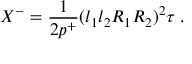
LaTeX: X ^ { - } = \frac { 1 } { 2 p ^ { + } } ( l _ { 1 } l _ { 2 } R _ { 1 } R _ { 2 } ) ^ { 2 } \tau \; .